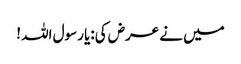
میں نے عرض کی:یا رسول اللہ !